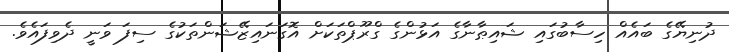
ދުނިޔޭގެ ބައެއް ހިސާބުގައި ޝައިޠާނާގެ އަޅުންގެ ގްރޫޕްތަކަށް އޮގަނައިޒޭޝަންތަކުގެ ސިފަ ވަނީ ދެވިފައެވެ.